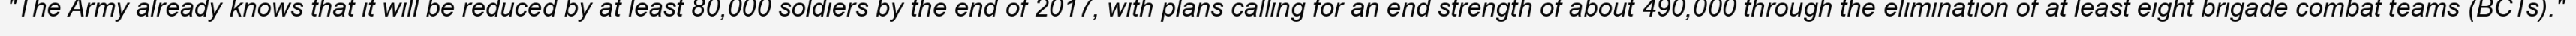
"The Army already knows that it will be reduced by at least 80,000 soldiers by the end of 2017, with plans calling for an end strength of about 490,000 through the elimination of at least eight brigade combat teams (BCTs)."